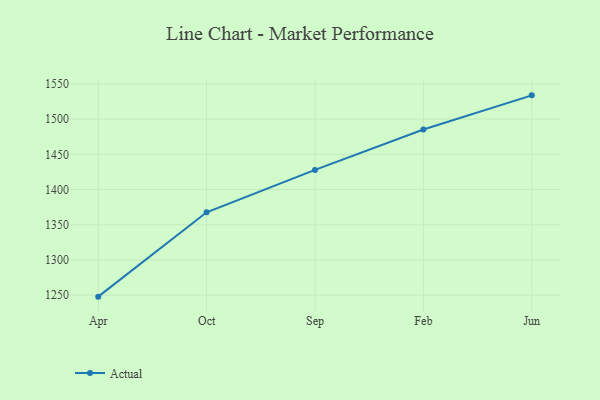
{"axis": {"x": "Month", "y": "Conversion Rate (%)"}, "legend": ["Actual"], "data": [{"x": "Apr", "y": 1247.9, "type": "Actual"}, {"x": "Oct", "y": 1367.7, "type": "Actual"}, {"x": "Sep", "y": 1427.9, "type": "Actual"}, {"x": "Feb", "y": 1485.3, "type": "Actual"}, {"x": "Jun", "y": 1533.8, "type": "Actual"}]}